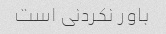
باور نکردنی است